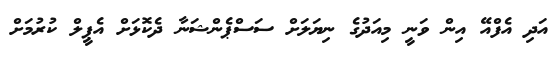
އަދި އެފްއޭ އިން ވަނީ މިއަދުގެ ނިޔަލަށް ސަސްޕެންޝަނާ ދެކޮޅަށް އެޕީލް ކުރުމަށް